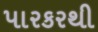
પારકરથી